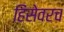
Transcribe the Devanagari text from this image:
हिंसेवरच